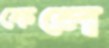
ফেলে